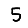
Digit: 5